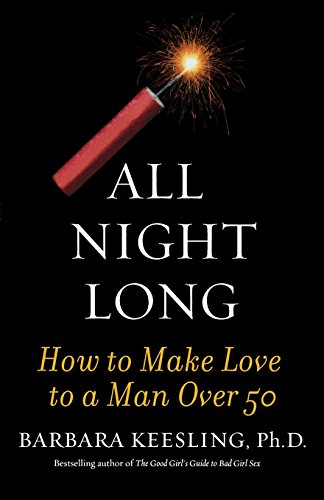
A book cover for All Night Long: How to Make Love to a Man Over 50; Barbara Keesling Ph.D.; Self-Help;